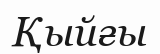
Қыйғы